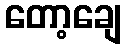
တော့ချေ